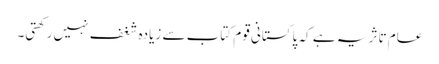
عام تاثر یہ ہے کہ پاکستانی قوم کتاب سے زیادہ شغف نہیں رکھتی۔